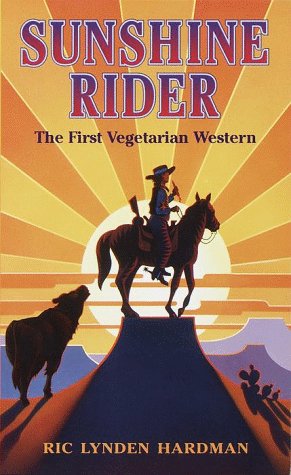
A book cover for Sunshine Rider (Laurel Leaf Books); Ric Lynden Hardman; Teen & Young Adult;